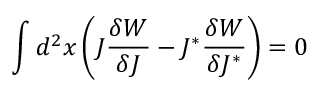
\int d ^ { 2 } x \left( J \frac { \delta W } { \delta J } - J ^ { \ast } \frac { \delta W } { \delta J ^ { \ast } } \right) = 0